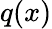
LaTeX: q(x)